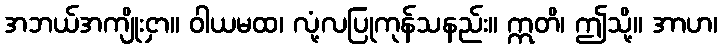
အဘယ်အကျိုးငှာ။ ဝါယမထ၊ လုံ့လပြုကုန်သနည်း။ ဣတိ၊ ဤသို့။ အာဟ၊